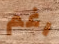
رغم